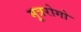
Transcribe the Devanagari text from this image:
मूत्ररोगो